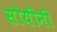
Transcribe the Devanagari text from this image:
सोयीनी